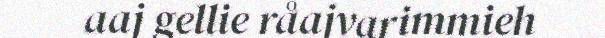
aaj gellie råajvarimmieh